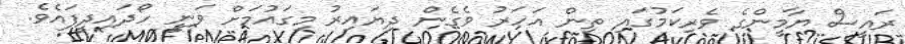
ރައީސް ޔާމީންގެ ވެރިކަމުގައި ތިން އަހަރު ވެގެން ދިޔައިރު މިގައުމަށް ވަނީ ހޯދައިދީފައެވެ.